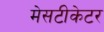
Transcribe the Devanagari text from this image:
मेसटीकेटर